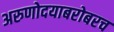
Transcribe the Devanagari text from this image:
अरुणोदयाबरोबरच